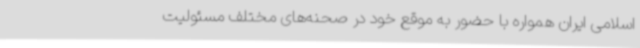
اسلامی ایران همواره با حضور به موقع خود در صحنه‌های مختلف مسئولیت